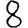
Digit: 8